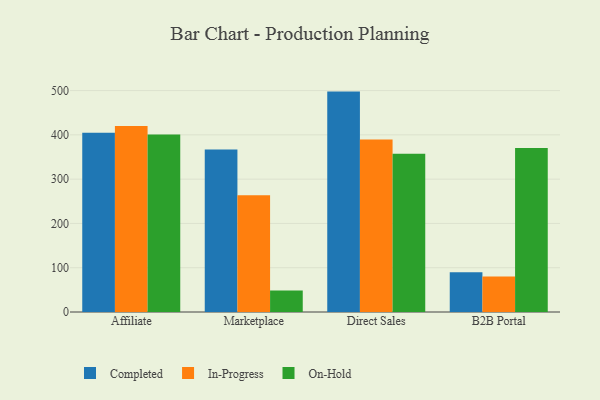
{"axis": {"x": "Channel", "y": "Population (Million)"}, "legend": ["Completed", "In-Progress", "On-Hold"], "data": [{"x": "Affiliate", "y": 404.5, "type": "Completed"}, {"x": "Affiliate", "y": 420.2, "type": "In-Progress"}, {"x": "Affiliate", "y": 400.7, "type": "On-Hold"}, {"x": "Marketplace", "y": 367.1, "type": "Completed"}, {"x": "Marketplace", "y": 263.4, "type": "In-Progress"}, {"x": "Marketplace", "y": 48.8, "type": "On-Hold"}, {"x": "Direct Sales", "y": 497.7, "type": "Completed"}, {"x": "Direct Sales", "y": 389.7, "type": "In-Progress"}, {"x": "Direct Sales", "y": 357.2, "type": "On-Hold"}, {"x": "B2B Portal", "y": 89.9, "type": "Completed"}, {"x": "B2B Portal", "y": 80.3, "type": "In-Progress"}, {"x": "B2B Portal", "y": 370.3, "type": "On-Hold"}]}